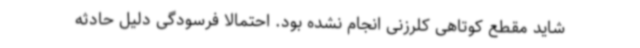
شاید مقطع کوتاهی کلرزنی انجام نشده بود. احتمالا فرسودگی دلیل حادثه